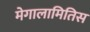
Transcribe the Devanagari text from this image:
मेगालामितिस